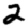
Digit: 2